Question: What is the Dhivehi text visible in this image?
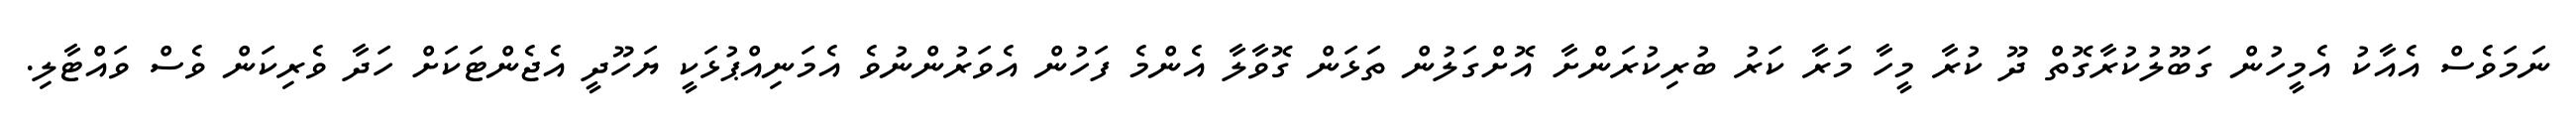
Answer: ނަމަވެސް އެއާކު އެމީހުން ގަބޫލުކުރާގޮތް ދޫ ކުރާ މީހާ މަރާ ކަރު ބުރިކުރަންށާ އޮށްގަލުން ތަޅަން ގޮވާލާ އެންމެ ފަހުން އެވަރުންނުވެ އެމަނިއްޕުޅަކީ ޔަހޫދީ އެޖެންޓަކަށް ހަދާ ވެރިކަން ވެސް ވައްޓާލި.